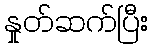
နှုတ်ဆက်ပြီး